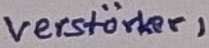
Text: Verstärker1